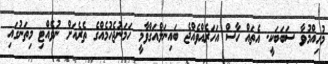
މުހިއްމުވާ ސަބަބަކީ. އެތައް ހާސް އަހަރެއްވެއްޖެ ބައިނަލްއަގްވާމީ ހަމަނުޖެހުމެއްގެ ތެރެއަށް ނުވެއްޓި މިތަނުގައި